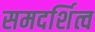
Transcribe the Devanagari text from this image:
समदर्शित्व